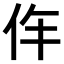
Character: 𠇪